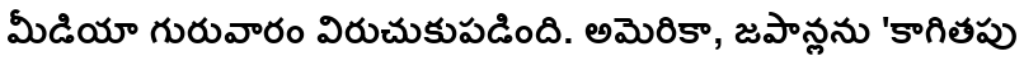
మీడియా గురువారం విరుచుకుపడింది. అమెరికా, జపాన్లను 'కాగితపు